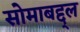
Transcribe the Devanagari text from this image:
सोमाबद्द्ल